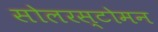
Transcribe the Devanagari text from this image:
सोलरस्टोमन